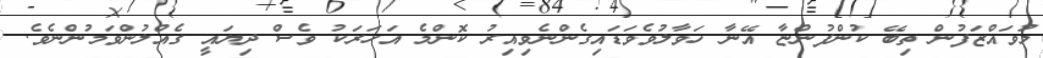
މުވައްޒަފުން ތިބޭ ކުންފުންޏާ އޭނާ ހަވާލުވެވަޑައިގެންނެވިއިރު ކޮންމެ އަހަރަކު ވެސް ދިޔައީ ގެއްލުންވަމުންނެވެ.